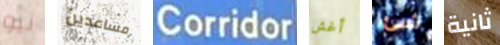
نيو مساعدين Corridor أغش شئ ثانية